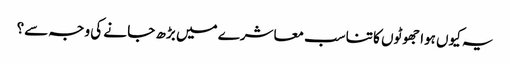
یہ کیوں ہوا جھوٹوں کا تناسب معاشرے میں بڑھ جا نے کی وجہ سے؟